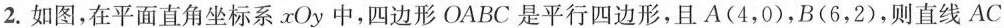
2.如图，在平面直角坐标系xOy中，四边形OABC是平行四边形，且A(4，0)，B(6，2)，则直线AC